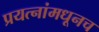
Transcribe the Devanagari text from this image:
प्रयत्नांमधूनच